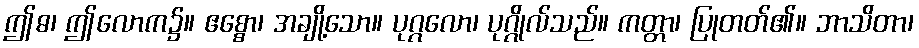
ဤဓ၊ ဤလောက၌။ ဧစ္စော၊ အချို့သော။ ပုဂ္ဂလော၊ ပုဂ္ဂိုလ်သည်။ ကတ္တာ၊ ပြုတတ်၏။ ဘာသိတာ၊